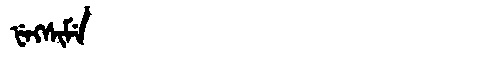
Manchu: ᡶᡝᡴᠰᡳᠮᡝ
Romanization: FEKSIME